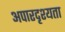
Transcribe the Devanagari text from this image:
अपारदृश्यता